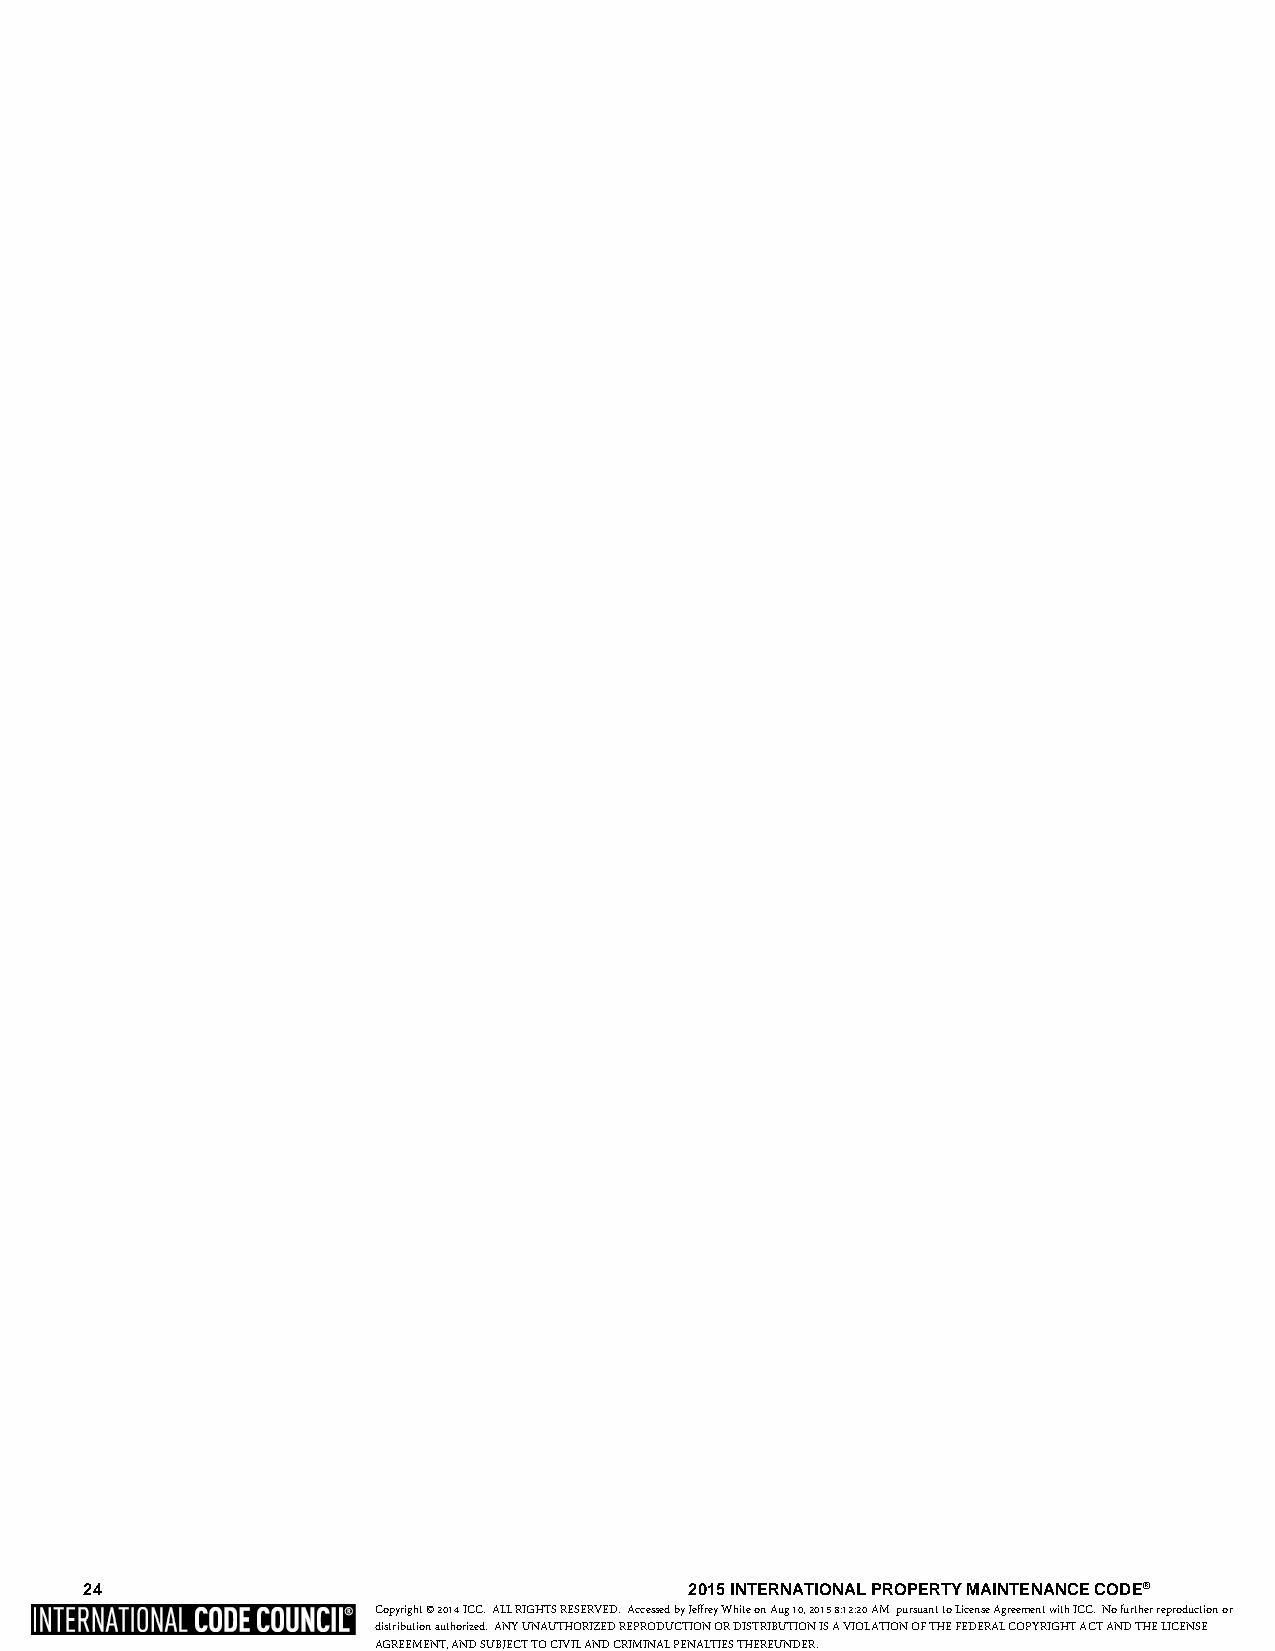
24                                      2015 INTERNATIONAL PROPERTY MAINTENANCE CODE®
 Copyright © 2014 ICC. ALL RIGHTS RESERVED. Accessed by Jeffrey White on Aug 10, 2015 8:12:20 AM pursuant to License Agreement with ICC. No further reproduction or
 distribution authorized. ANY UNAUTHORIZED REPRODUCTION OR DISTRIBUTION IS A VIOLATION OF THE FEDERAL COPYRIGHT ACT AND THE LICENSE
 AGREEMENT, AND SUBJECT TO CIVIL AND CRIMINAL PENALTIES THEREUNDER.